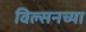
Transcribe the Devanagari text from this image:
विल्सनच्या